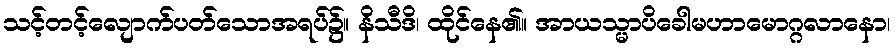
သင့်တင့်လျောက်ပတ်သောအရပ်၌။ နိသီဒိ၊ ထိုင်နေ၏။ အာယသ္မာပိခေါမဟာမောဂ္ဂလာနော၊